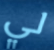
لي